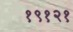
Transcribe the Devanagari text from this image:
१९१२१